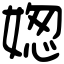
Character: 𡟟